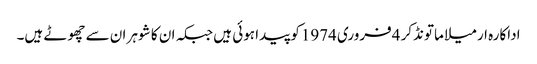
اداکارہ ارمیلا ماتونڈکر 4فروری 1974کو پیدا ہوئی ہیں جبکہ ان کا شوہر ان سے چھوٹے ہیں۔